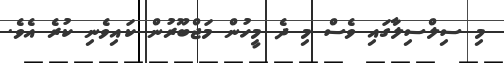
މި ސިލްސިލާގައި ވެސް މި ދެ މީހުން މަޖްބޫރުން ކައިވެނި ކުރެ އެވެ.